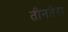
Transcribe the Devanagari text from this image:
तीनतेरा